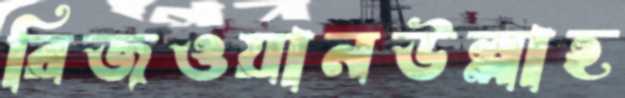
রিজওয়ানউল্লাহ